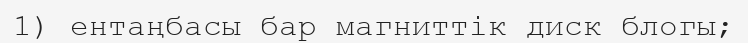
1) ентаңбасы бар магниттік диск блогы;